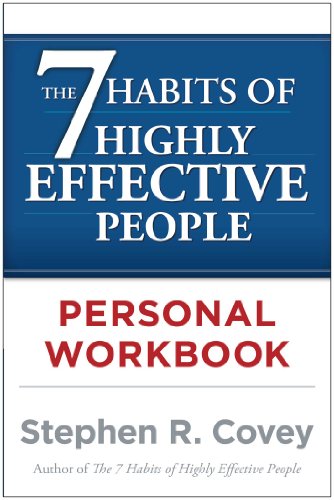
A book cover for The 7 Habits of Highly Effective People Personal Workbook; Stephen R. Covey; Mystery, Thriller & Suspense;